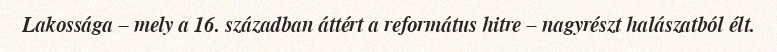
Lakossága – mely a 16. században áttért a református hitre – nagyrészt halászatból élt.